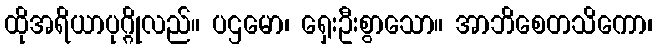
ထိုအရိယာပုဂ္ဂိုလည်။ ပဌမော၊ ရှေးဦးစွာသော။ အာဘိစေတသိကော၊